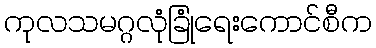
ကုလသမဂ္ဂလုံခြုံရေးကောင်စီက